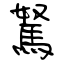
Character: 駑